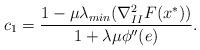
LaTeX: \begin{align*}c_1 = \frac{1-\mu\lambda_{min}(\nabla_{II}^2F(x^*))}{1+\lambda\mu\phi''(e)}.\end{align*}